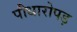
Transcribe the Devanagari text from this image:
पौधारोपड़